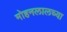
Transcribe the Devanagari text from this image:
मोहनलालच्या